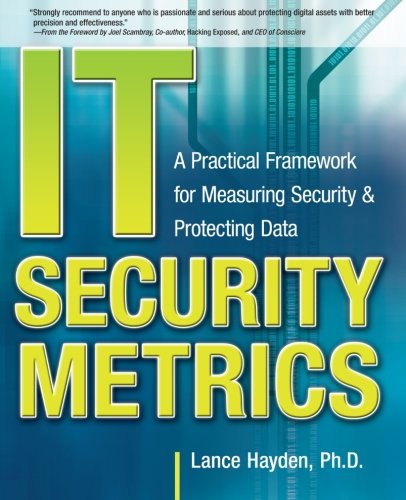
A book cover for IT Security Metrics: A Practical Framework for Measuring Security & Protecting Data; Lance Hayden; Computers & Technology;